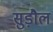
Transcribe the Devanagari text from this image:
सुड़ौल